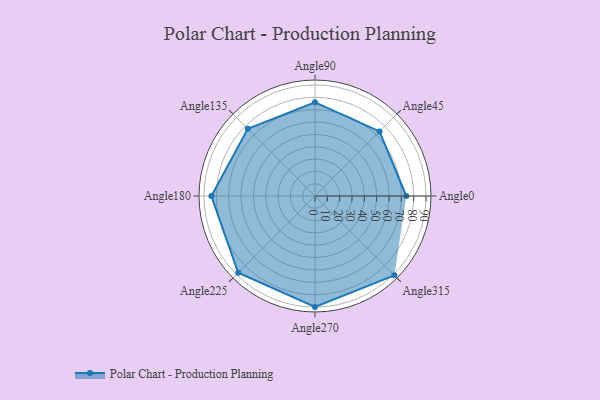
{"axis": {"x": "Angle", "y": "Radius"}, "legend": [""], "data": [{"x": "Angle0", "y": 74.0, "type": ""}, {"x": "Angle45", "y": 74.0, "type": ""}, {"x": "Angle90", "y": 76.0, "type": ""}, {"x": "Angle135", "y": 77.0, "type": ""}, {"x": "Angle180", "y": 84.0, "type": ""}, {"x": "Angle225", "y": 88.0, "type": ""}, {"x": "Angle270", "y": 90.0, "type": ""}, {"x": "Angle315", "y": 91.0, "type": ""}]}